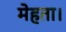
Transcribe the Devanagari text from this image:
मेहता।